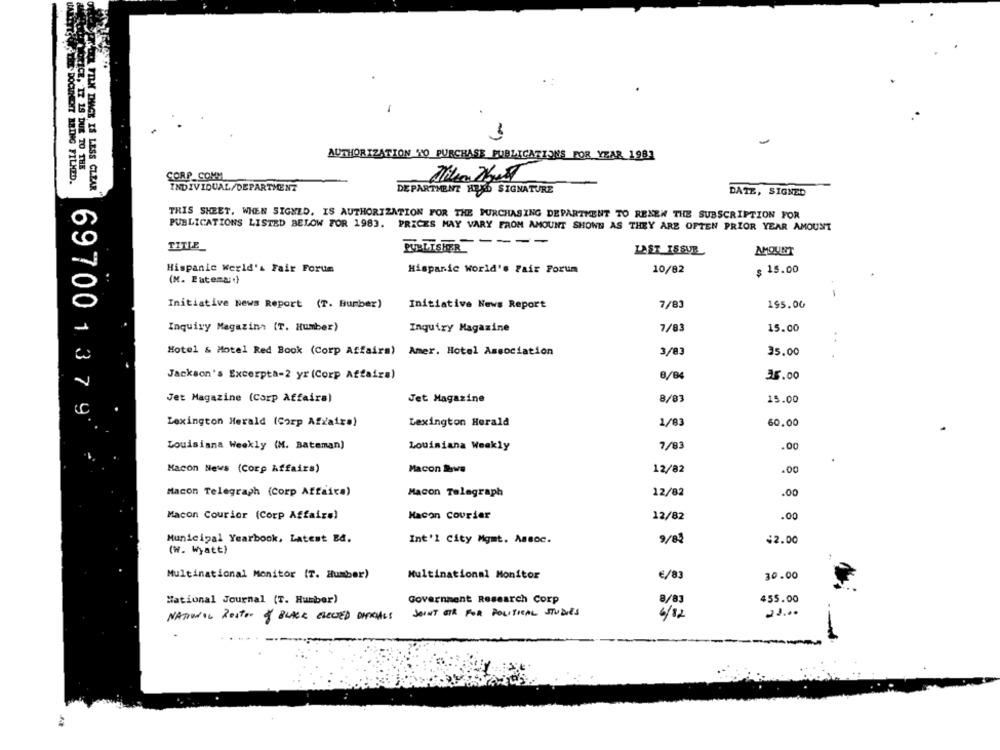
3
AUTHORIZATION TO PURCHASE PUBLICATIONS FOR YEAR 1981
NOCICE, IT IS DUE TO THE
THE DOCUMENT BRING FILMED.
CORP_COMM
SPILL FILM IMAGE IS LESS CLEAR
INDIVIDUAL/DEPARTMENT
DEPARTMENT HEAD SIGNATURE
DATE, SIGNED
TRIS SHEET, WHEN SIGNED. IS AUTHORIZATION FOR THE PURCHASING DEPARTMENT TO RENEW THE SUBSCRIPTION FOR
PUBLICATIONS LISTED BELOW FOR 1983. PRICES MAY VARY FROM AMOUNT SHOWN AS THEY ARE OFTEN PRIOR YEAR AMOUNT
TITLE
LAST_ISSUE
AMOUNT
Hispanic world's Fair Forum
Hispanic World's Fair Forum
10/82
$ 15.00
(M. Eatema.)
Initiative News Report (T. Bumber)
Initiative News Report
7/83
195.00
Inquiry Magazina (T. Humber)
Inquiry Magazine
7/83
15.00
Hotel & Motel Red Book (Corp Affairs) Amer. Hotel Association
3/83
35.00
Jackson's Excerpta-2 yr (Corp Affairs)
8/84
35.00
Jet Magazine
8/83
Jet Magazine (Corp Affaira)
15.00
69700 1 3 7 9
Lexington Herald (Corp Afzaize)
Lexington Herald
1/83
60.00
Louisiana Weekly (M. Bateman)
Louisiana Weakly
7/83
.00
Macon News (Corp Affairs)
Macon Saws
12/82
.00
Macon Telegraph (Corp Affaice)
Macon Telegraph
12/82
.00
Macon Courier (Corp Affairs)
Macon courier
12/82
.00
Municipal Yearbook, Latest Bd.
Int'l City Mgmt. Assoc.
9/82
$2.00
(W. Wyatt)
Multinational Monitor (T. Humber)
Multinational Monitor
€/83
30.00
National Journal (T. Humber)
Government Research Corp
8/83
455.00
NATIONAL Restor of BLACK ELECTED DINKOHLS
JOINT STR FOR POLITICAL STUDIES
6/82
23 ...